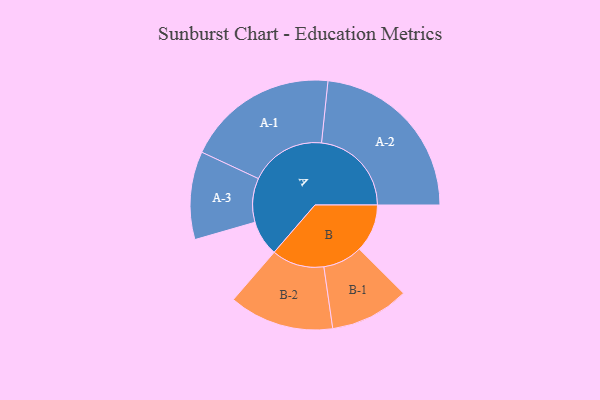
{"axis": {"x": "Segment", "y": "Value"}, "legend": ["", "A", "B"], "data": [{"x": "A", "y": 104, "type": ""}, {"x": "B", "y": 141, "type": ""}, {"x": "A-1", "y": 223, "type": "A"}, {"x": "A-2", "y": 264, "type": "A"}, {"x": "A-3", "y": 129, "type": "A"}, {"x": "B-1", "y": 116, "type": "B"}, {"x": "B-2", "y": 154, "type": "B"}]}